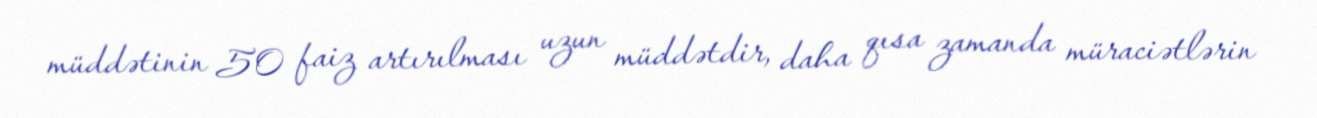
müddətinin 50 faiz artırılması uzun müddətdir, daha qısa zamanda müraciətlərin